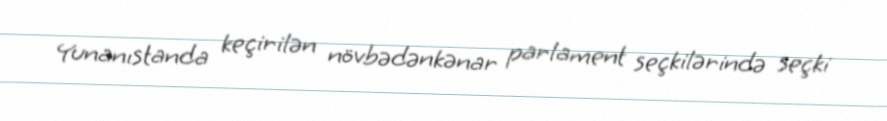
Yunanıstanda keçirilən növbədənkənar parlament seçkilərində seçki